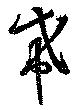
希